Reports on dispensaries and lunatic asylums in the Province of Oudh - 1869-1876
Year: 1869
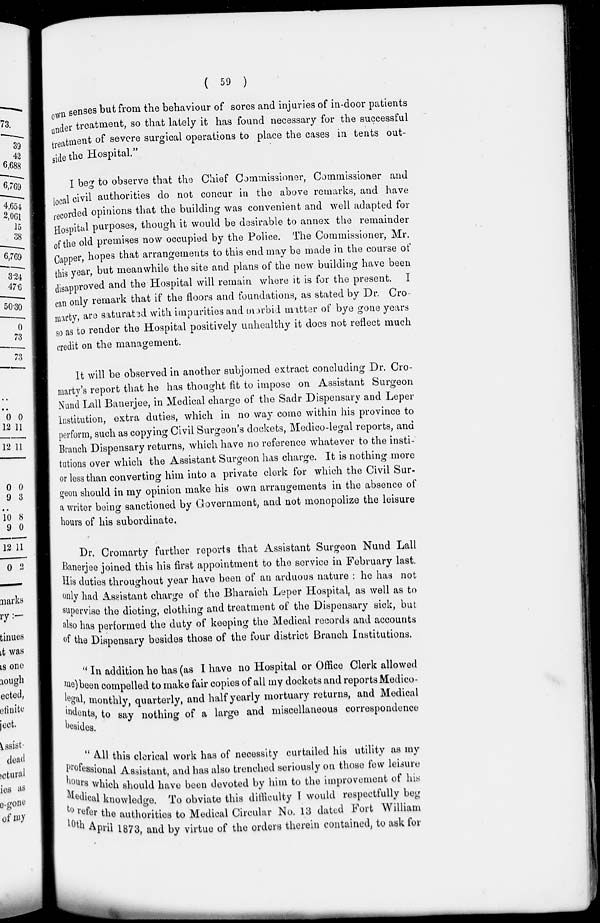
( 59 )
own senses but from the behaviour of sores and injuries of in-door patients
under treatment, so that lately it has found necessary for the successful
treatment of severe surgical operations to place the cases in tents out-
side the Hospital."
I beg to observe that the Chief Commissioner, Commissioner and
local civil authorities do not concur in the above remarks, and have
recorded opinions that the building was convenient and well adapted for
Hospital purposes, though it would be desirable to annex the remainder
of the old premises now occupied by the Police. The Commissioner, Mr.
Capper, hopes that arrangements to this end may be made in the course of
this year, but meanwhile the site and plans of the new building have been
disapproved and the Hospital will remain where it is for the present. I
can only remark that if the floors and foundations, as stated by Dr. Cro-
marty, are saturated with impurities and morbid matter of bye gone years
so as to render the Hospital positively unhealthy it does not reflect much
credit on the management.
It will be observed in another subjoined extract concluding Dr. Cro-
marty's report that he has thought fit to impose on Assistant Surgeon
Nund Lall Banerjee, in Medical charge of the Sadr Dispensary and Leper
Institution, extra duties, which in no way come within his province to
perform, such as copying Civil Surgeon's dockets, Medico-legal reports, and
Branch Dispensary returns, which have no reference whatever to the insti-
tutions over which the Assistant Surgeon has charge. It is nothing more
or less than converting him into a private clerk for which the Civil Sur-
geon should in my opinion make his own arrangements in the absence of
a writer being sanctioned by Government, and not monopolize the leisure
hours of his subordinate.
Dr. Cromarty further reports that Assistant Surgeon Nund Lall
Banerjee joined this his first appointment to the service in February last.
His duties throughout year have been of an arduous nature : he has not
only had Assistant charge of the Bharaich Leper Hospital, as well as to
supervise the dieting, clothing and treatment of the Dispensary sick, but
also has performed the duty of keeping the Medical records and accounts
of the Dispensary besides those of the four district Branch Institutions.
'' In addition he has (as I have no Hospital or Office Clerk allowed
me)been compelled to make fair copies of all my dockets and reports Medico-
legal, monthly, quarterly, and half yearly mortuary returns, and Medical
indents, to say nothing of a large and miscellaneous correspondence
besides.
" All this clerical work has of necessity curtailed his utility as my
professional Assistant, and has also trenched seriously on those few leisure
hours which should have been devoted by him to the improvement of his
Medical knowledge. To obviate this difficulty I would respectfully beg
to refer the authorities to Medical Circular No. 13 dated Fort William
April 1873, and by virtue of the orders therein contained, to ask for